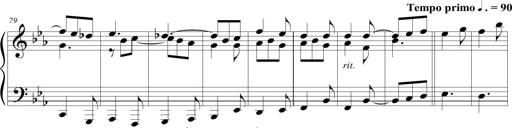
Title: Tiny Tina
Composer: Michel Rondeau
Key: E-flat major